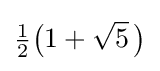
{\tfrac {1}{2}}{\bigl (}1+{\sqrt {5}}~\!{\bigr )}